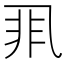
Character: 𱎇